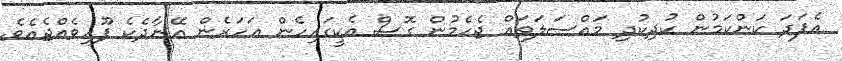
އެފަދަ ކަންކަމުން ކުދިކުދި މައްސަލަތައް ޖެހެމުން ގޮސް އެކީގައިހެން އަހަރެން އޭނާދެކެ ފޫހިވެއްޖެއެވެ.